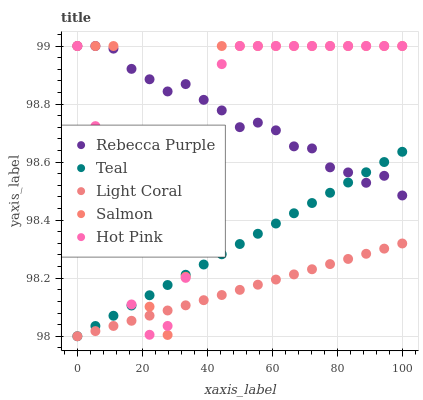
| xaxis_label | Rebecca Purple | Teal | Light Coral | Salmon | Hot Pink |
 | --- | --- | --- | --- | --- | --- |
 | 0 | 99 | 98 | 98 | 99 | 99 |
 | 5.56 | 99 | 98 | 98 | 99 | 98.7 |
 | 11.1 | 99 | 98.1 | 98 | 99 | 98.3 |
 | 16.7 | 98.9 | 98.1 | 98.1 | 98.5 | 98.1 |
 | 22.2 | 98.9 | 98.1 | 98.1 | 98.1 | 98 |
 | 27.8 | 98.8 | 98.2 | 98.1 | 98 | 98 |
 | 33.3 | 98.9 | 98.2 | 98.1 | 98.2 | 98.2 |
 | 38.9 | 98.8 | 98.2 | 98.1 | 98.7 | 98.5 |
 | 44.4 | 98.8 | 98.3 | 98.1 | 99 | 98.9 |
 | 50 | 98.7 | 98.3 | 98.2 | 99 | 99 |
 | 55.6 | 98.7 | 98.4 | 98.2 | 99 | 99 |
 | 61.1 | 98.7 | 98.4 | 98.2 | 99 | 99 |
 | 66.7 | 98.7 | 98.4 | 98.2 | 99 | 99 |
 | 72.2 | 98.6 | 98.5 | 98.2 | 99 | 99 |
 | 77.8 | 98.6 | 98.5 | 98.2 | 99 | 99 |
 | 83.3 | 98.6 | 98.5 | 98.3 | 99 | 99 |
 | 88.9 | 98.5 | 98.6 | 98.3 | 99 | 99 |
 | 94.4 | 98.6 | 98.6 | 98.3 | 99 | 99 |
 | 100 | 98.5 | 98.6 | 98.3 | 99 | 99 |